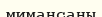
мимансаны